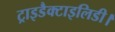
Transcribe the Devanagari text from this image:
ट्राइडैक्टाइलिडी।